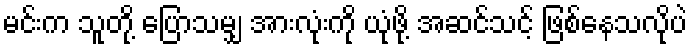
မင်းက သူတို့ ပြောသမျှ အားလုံးကို ယုံဖို့ အဆင်သင့် ဖြစ်နေသလိုပဲ